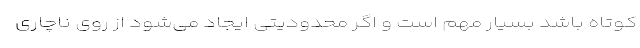
کوتاه باشد بسیار مهم است و اگر محدودیتی ایجاد می‌شود از روی ناچاری